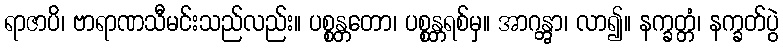
ရာဇာပိ၊ ဗာရာဏသီမင်းသည်လည်း။ ပစ္စန္တတော၊ ပစ္စန္တရစ်မှ။ အာဂန္တွာ၊ လာ၍။ နက္ခတ္တံ၊ နက္ခတ်ပွဲ